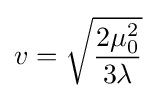
v={\sqrt {\frac {2\mu _{0}^{2}}{3\lambda }}}